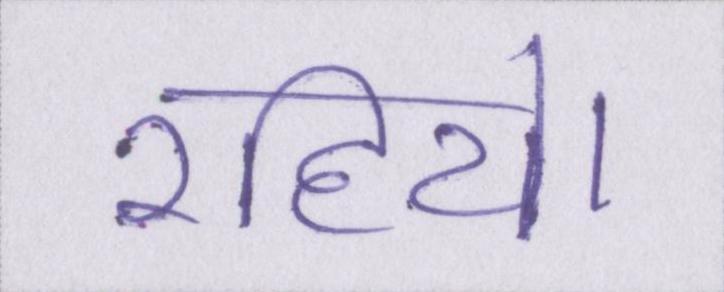
रहिये।